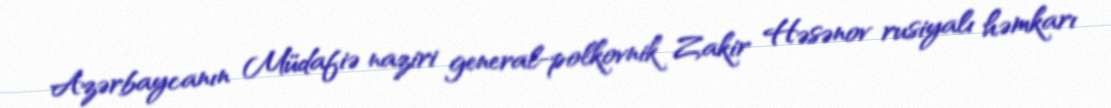
Azərbaycanın Müdafiə naziri general-polkovnik Zakir Həsənov rusiyalı həmkarı